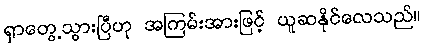
ရှာတွေ့သွားပြီဟု အကြမ်းအားဖြင့် ယူဆနိုင်လေသည်။